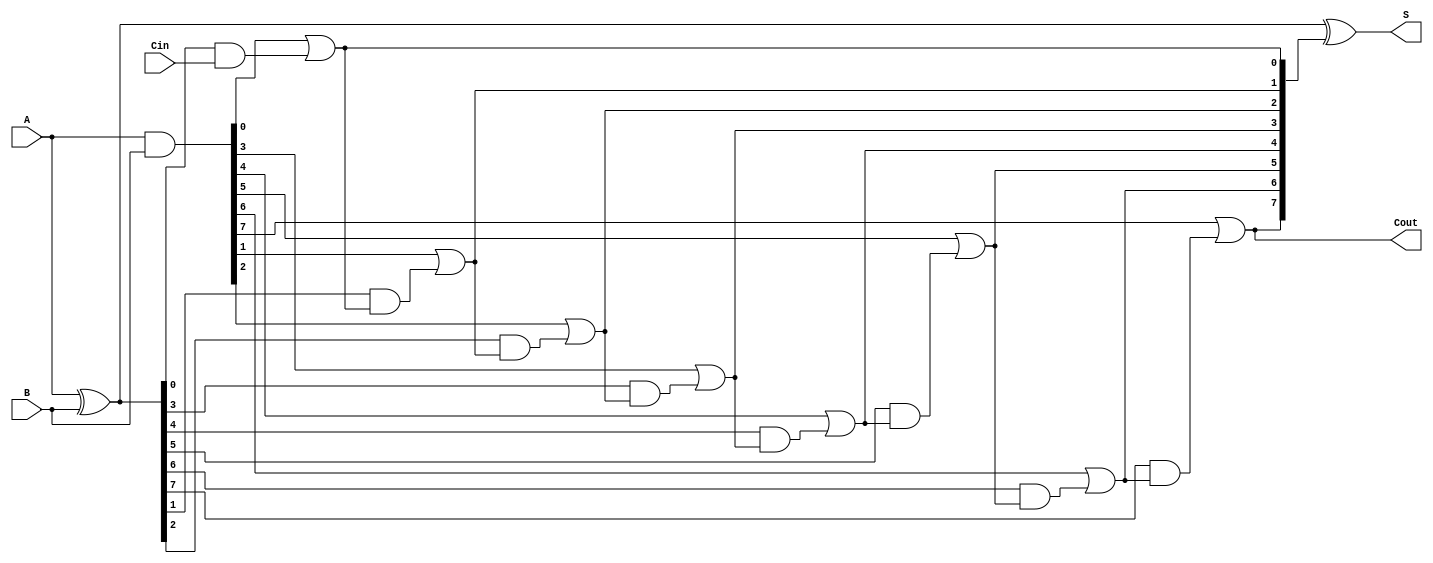
module SklanskyAdder #(parameter N = 8) (
    input [N-1:0] A,      // Input A
    input [N-1:0] B,      // Input B
    input Cin,            // Carry-in
    output [N-1:0] S,     // Sum output
    output Cout           // Carry-out
);

    // Generate and propagate signals
    wire [N-1:0] G; // Generate
    wire [N-1:0] P; // Propagate
    wire [N:0] C;   // Carry signals

    // Generate and propagate calculations
    assign G = A & B;         // G[i] = A[i] & B[i]
    assign P = A ^ B;         // P[i] = A[i] ^ B[i]

    // Carry calculation
    assign C[0] = Cin; // C[0] is the initial carry-in
    assign C[1] = G[0] | (P[0] & C[0]); // Level 1 carry
    genvar i;
    generate
        for (i = 1; i < N; i = i + 1) begin : carry_calc
            assign C[i + 1] = G[i] | (P[i] & C[i]); // Level 1 carry calculation
        end
    endgenerate

    // Sum calculation
    assign S = P ^ C[N:1]; // S[i] = P[i] ^ C[i]

    // Carry-out
    assign Cout = C[N]; // Final carry-out

endmodule